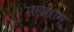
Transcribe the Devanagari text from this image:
सखारामू